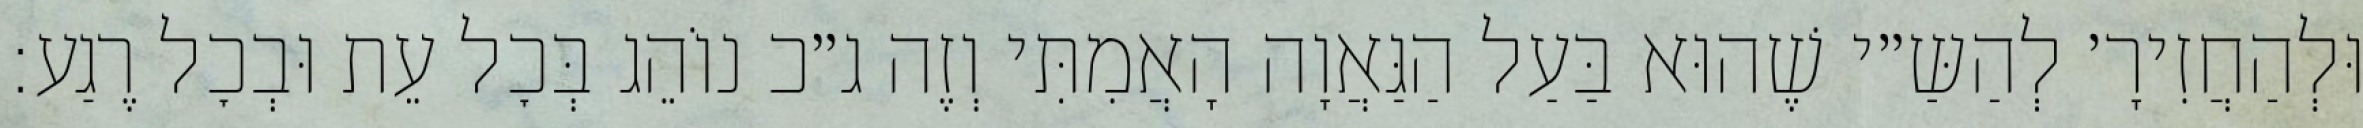
וּלְהַחֲזִירָ׳ לְהַשַּ״י שֶׁהוּא בַּעַל הַגַּאֲוָה הָאֲמִתִּי וְזֶה ג״כ נוֹהֵג בְּכׇל עֵת וּבְכׇל רֶגַע: